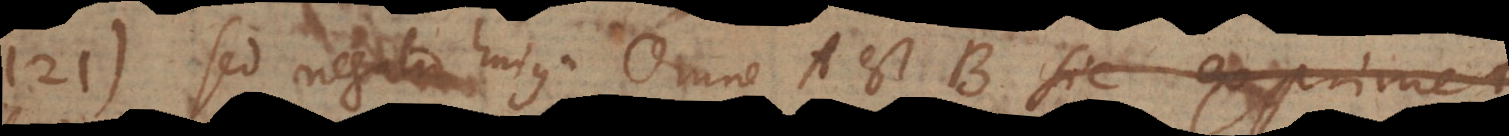
121) Sed negatio hujus: Omne A est B sic exprimetur: